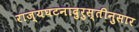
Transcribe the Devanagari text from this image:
राज्यघटनादुरुस्तीनुसार